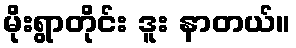
မိုးရွာတိုင်း ဒူး နာတယ်။